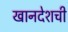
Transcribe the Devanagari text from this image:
खानदेशची